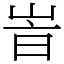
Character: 峕